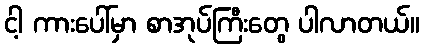
ငါ့ ကားပေါ်မှာ စာအုပ်ကြီးတွေ ပါလာတယ်။